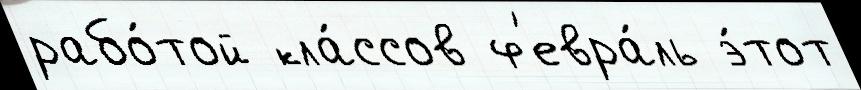
рабо́той кла́ссов ф'евра́ль э́тот